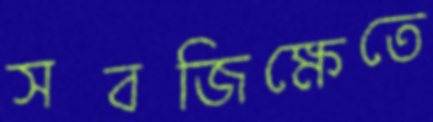
সবজিক্ষেতে